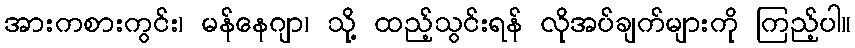
အားကစားကွင်း၊ မန်နေဂျာ၊ သို့ ထည့်သွင်းရန် လိုအပ်ချက်များကို ကြည့်ပါ။